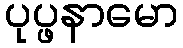
ပုပ္ဖနာမော